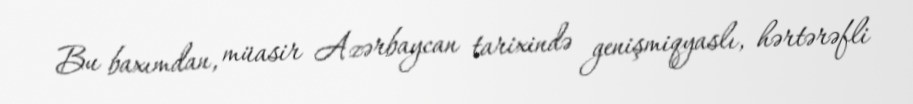
Bu baxımdan, müasir Azərbaycan tarixində genişmiqyaslı, hərtərəfli